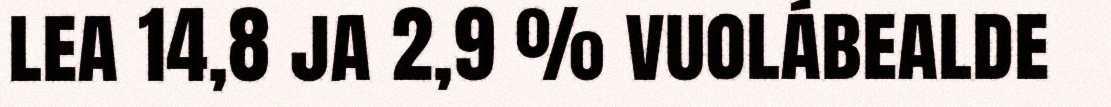
lea 14,8 ja 2,9 % vuolábealde